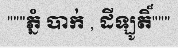
"""ភ្នំ បាក់ , ដីឡូតិ៏"""